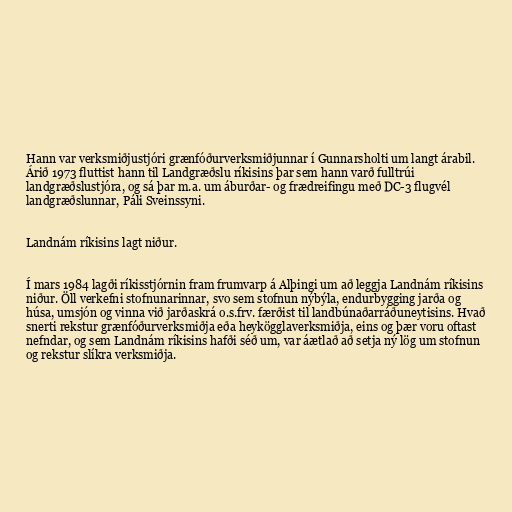
Hann var verksmiðjustjóri grænfóðurverksmiðjunnar í Gunnarsholti um langt árabil.
Árið 1973 fluttist hann til Landgræðslu ríkisins þar sem hann varð fulltrúi
landgræðslustjóra, og sá þar m.a. um áburðar- og frædreifingu með DC-3 flugvél
landgræðslunnar, Páli Sveinssyni.

Landnám ríkisins lagt niður.

Í mars 1984 lagði ríkisstjórnin fram frumvarp á Alþingi um að leggja Landnám ríkisins
niður. Öll verkefni stofnunarinnar, svo sem stofnun nýbýla, endurbygging jarða og
húsa, umsjón og vinna við jarðaskrá o.s.frv. færðist til landbúnaðarráðuneytisins. Hvað
snerti rekstur grænfóðurverksmiðja eða heykögglaverksmiðja, eins og þær voru oftast
nefndar, og sem Landnám ríkisins hafði séð um, var áætlað að setja ný lög um stofnun
og rekstur slíkra verksmiðja.